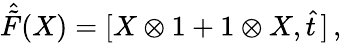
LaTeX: \hat{\tilde{F}}(X)=[X\otimes 1+1\otimes X,\hat{t}\, ]\, ,